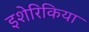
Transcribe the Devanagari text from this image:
इशेरिकिया